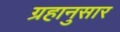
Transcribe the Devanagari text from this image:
ग्रहानुसार